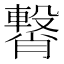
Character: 𮝥